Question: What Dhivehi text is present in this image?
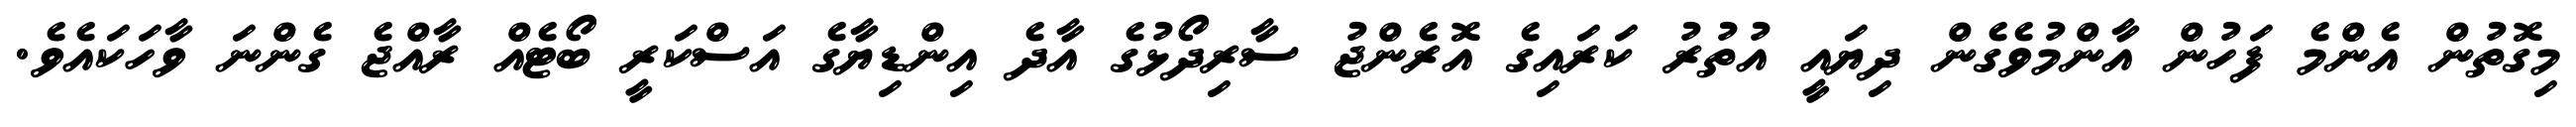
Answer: މިގޮތުން އެންމެ ފަހުން އާންމުވެގެން ދިޔައީ އުތުރު ކަރައިގެ އޮރެންޖު ސާރިދޯޅުގެ އާދެ އިންޑިޔާގެ އަސްކަރީ ބޯޓެއް ރާއްޖެ ގެންނަ ވާހަކައެވެ.